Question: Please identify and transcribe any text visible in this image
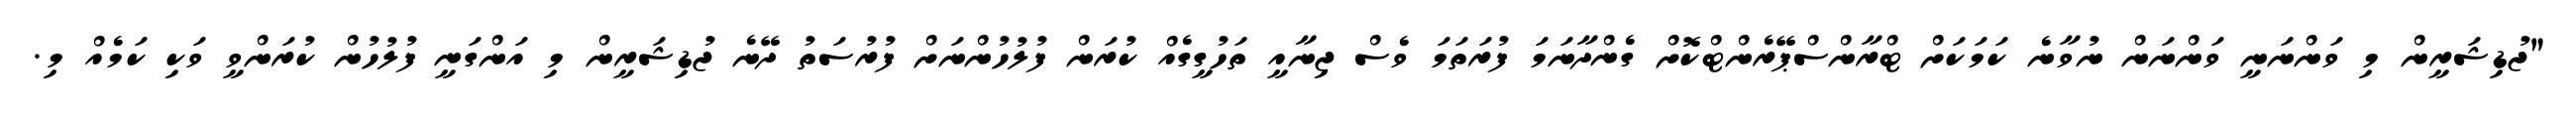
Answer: "ޖުޑިޝަރީން މި ވަންނަނީ ވަންނަން ނުވާނެ ކަމަކަށް ޓްރާންސްޕޭރެންޓްކޮށް ގެންދާނަމަ ފުރަތަމަ ވެސް ޖިނާއީ ތަހުގީގެއް ކުރަން ފުލުހުންނަށް ފުރުސަތު ދޭނެ ޖުޑިޝަރީން މި އަންގަނީ ފުލުހުން ކުރަންވީ ވަކި ކަމެއް މި.